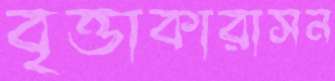
বৃত্তাকারাসন